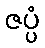
ဇပ္ပံ